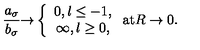
\frac { a _ { \sigma } } { b _ { \sigma } } { \rightarrow } \left\{ \begin{array} { c } { 0 , l \leq - 1 , } \\ { \infty , l \geq 0 , } \\ \end{array} \right. \mathrm { a t } R \rightarrow 0 .